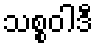
သစ္စဝါဒီ